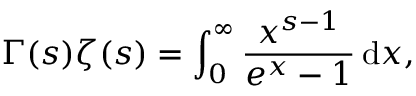
\Gamma ( s ) \zeta ( s ) = \int _ { 0 } ^ { \infty } { \frac { x ^ { s - 1 } } { e ^ { x } - 1 } } \, \mathrm { d } x ,